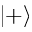
| + \rangle